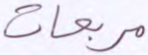
مربعات